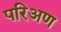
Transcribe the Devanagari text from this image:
परिअण